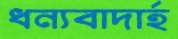
ধন্যবাদার্হ